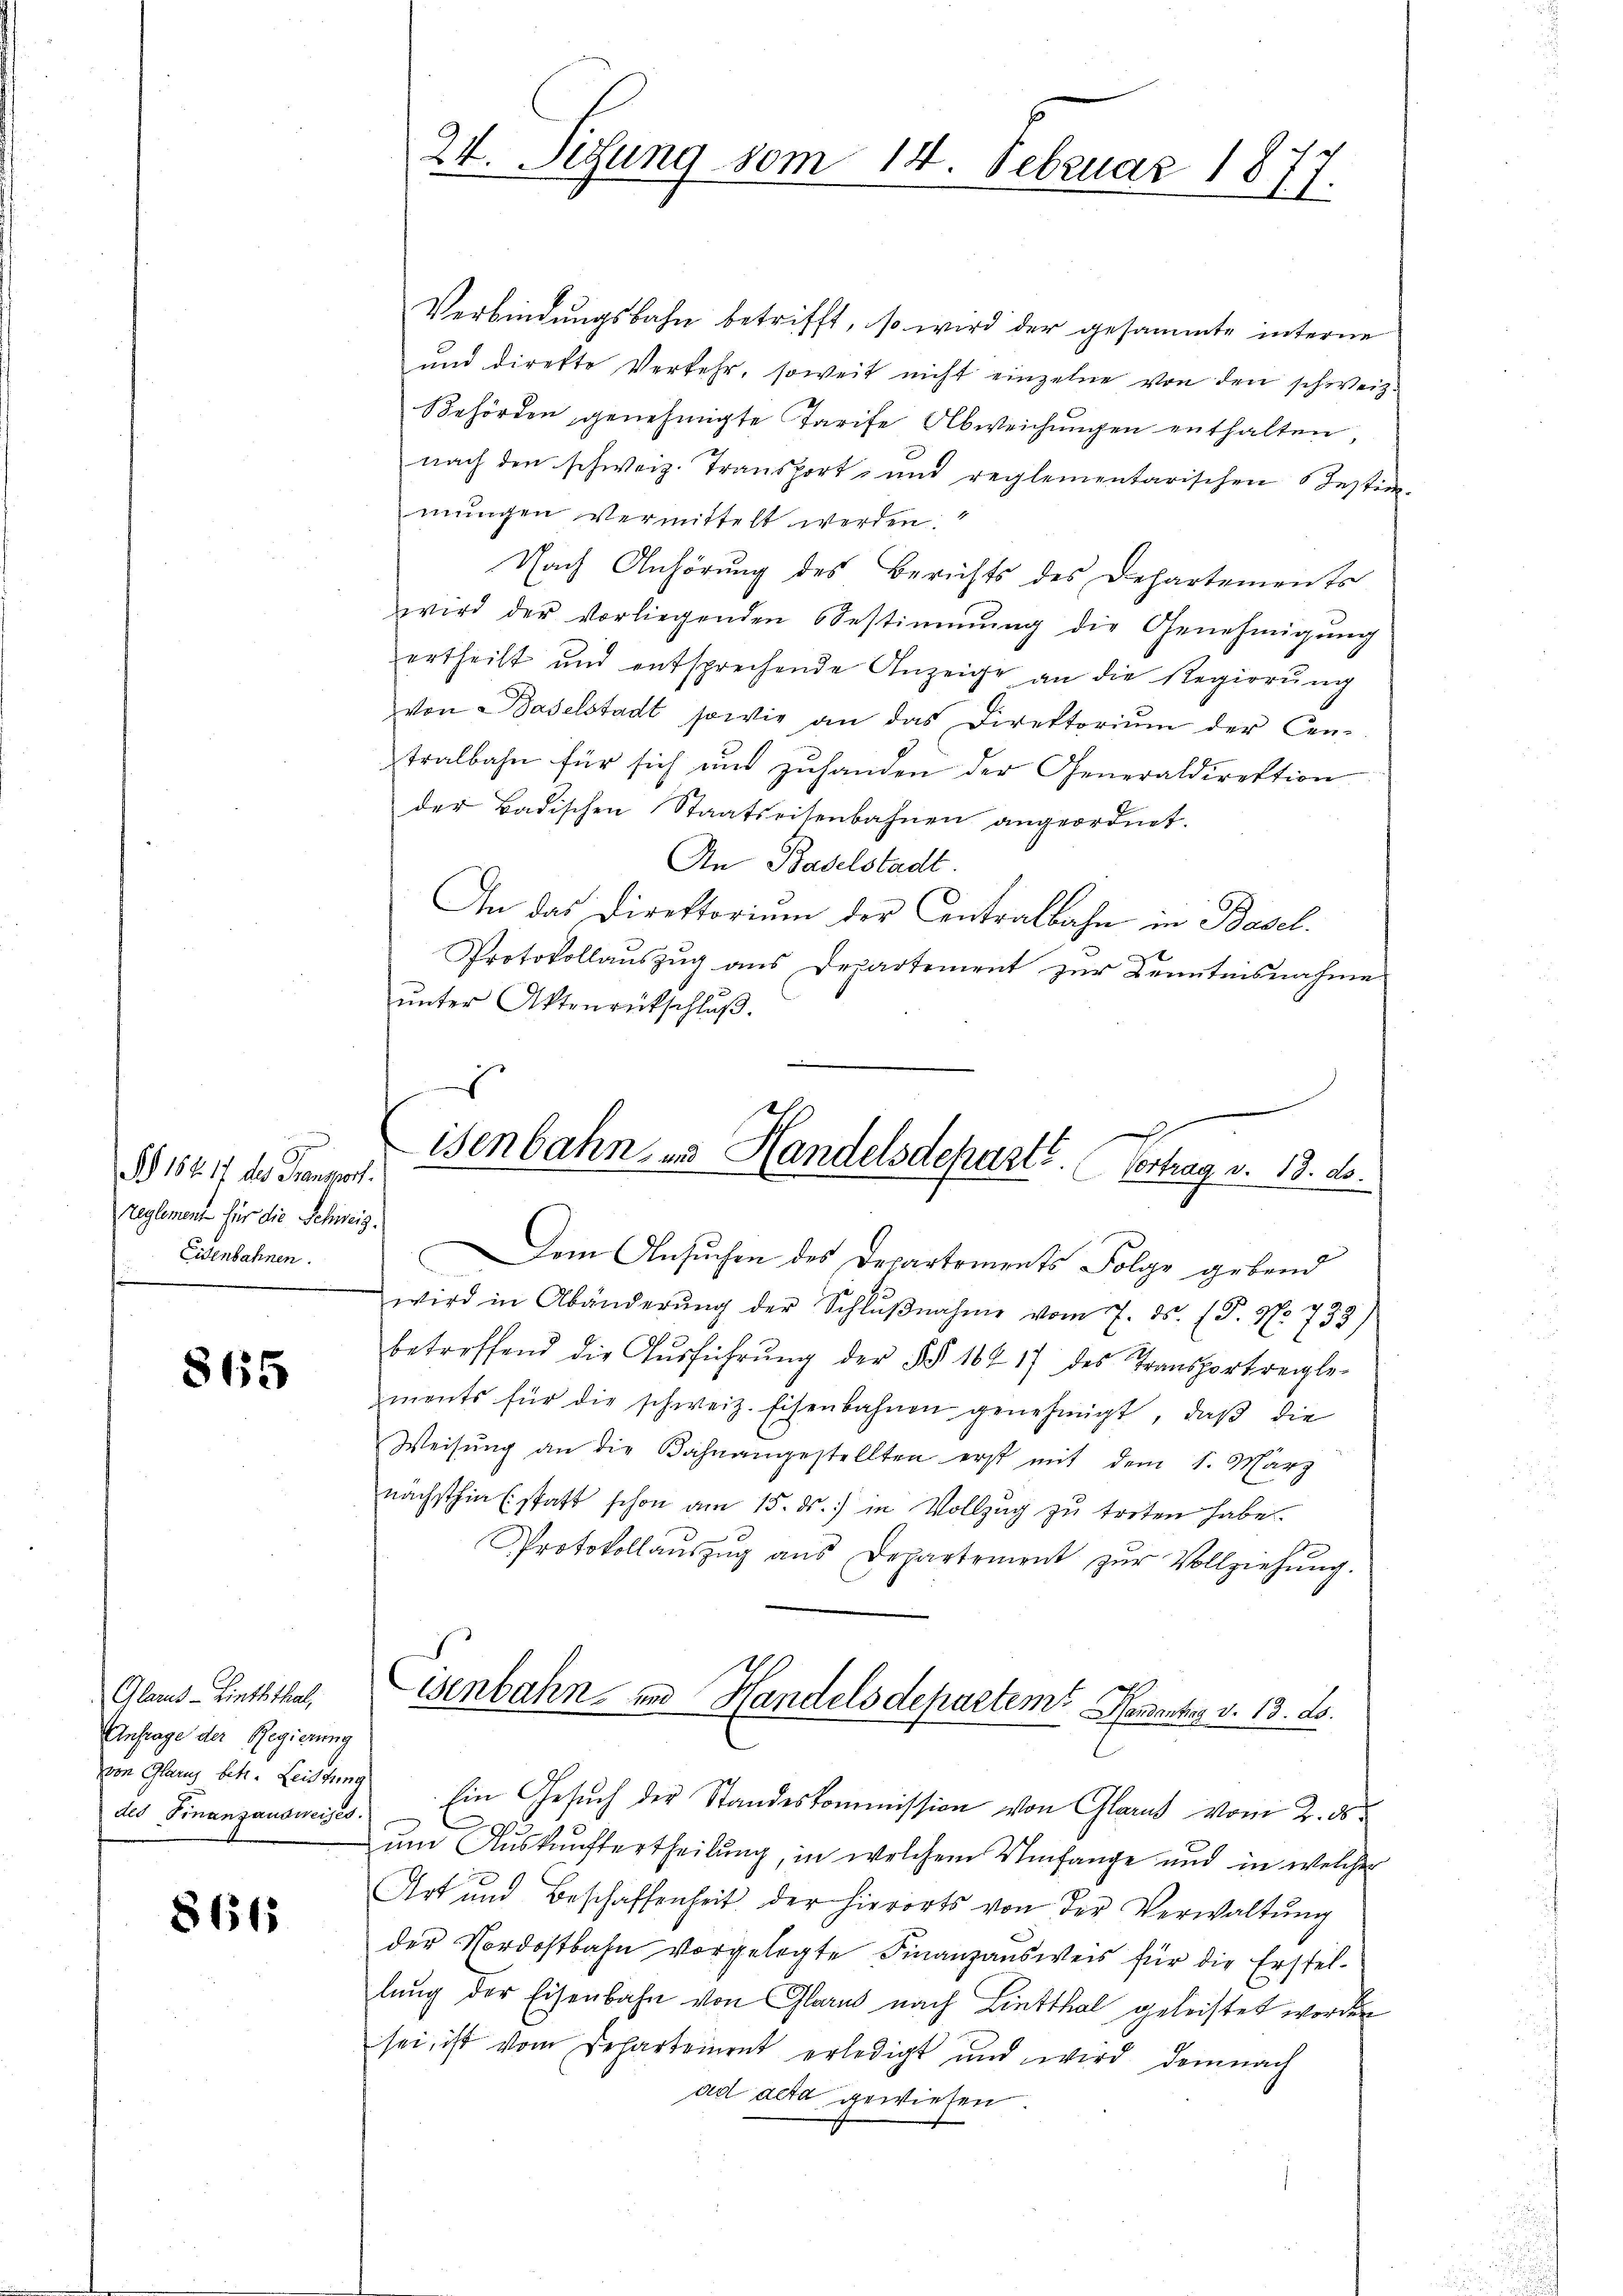
.
§ 164. 17 des Ganswort.
reglement für die Schweiz.
Eisenbahnen.

865

Alaus - Linththal,
Anfrage der Regierung
von Glarus betr. Leistum
des Finanzausweises

8615

Verbindungsbahn betrifft, so wird der gesammte interne
und direkte Verkehr, soweit nicht einzelne von den schweiz.
Behörden genehmigte Tarife Abweichungen enthalten,
nach den schweiz. Transport- und reglementarischen Instimmungen vermittelt werden:
Nach Anhörung des Berichts des Departements
wird der vorliegenden Bestimmŭng die Genehmigŭng
ertheilt und entsprechende Anzeige an die Regierung
von Baselstadt sowie an das Direktoriŭm der Cen-
tralbahn für sich aus zuhanden der Generaldirektion
der Badischen Staatseitenbahnen angeordnet.
An Baselstadt
An das Direktorium der Centralbahn in Basel.
Protokollauszug aus Departement zur Kenntnisnahme
ŭnter Aktenrütschlŭβ
Dem Ansuchen des Departements Folge gebend
wird in Abänderŭng der Schlŭβnahme vom 7. ds. (T. No 733
betreffend die Aŭsführŭng der §§ 16417 des Transportregle-
ments für die schweiz. Eisenbahnen genehmigt, daβ die
Weisŭng an die Bahnangestellten erst mit dem 1. März
nächsthin (statt schon am 15. ds. in Vollzug zu treten habe
Protokollaŭszŭg ans Departement zŭr Vollziehŭng.
isenbahn und Handelsdepartem Herantag v. 13. ds.
Ein Gesuch der Standeskommission von Glarus vom 2. ds.
um Auskunftertheilung, in welchem Umfange und in welcher
Art und Beschaffenheit der hierorts von der Verwaltŭng
der Nordostbahn vorgelegte Finanzausweis für die Erstellung der Eisenbahn von Glarus nach Linthal geleistet worden
sei, ist vom Departement erledigt und wird demnach
ad acta gewiesen

24. Sitzung vom 14. Februar 1877.

s
isenbahn, und Handelsdeparte. (Vortrag v. 13. ds.